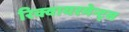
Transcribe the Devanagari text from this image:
रिक्वायरमेन्ट्स